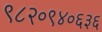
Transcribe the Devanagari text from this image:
९८२०९४०६३६